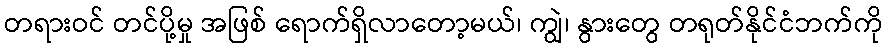
တရားဝင် တင်ပို့မှု အဖြစ် ရောက်ရှိလာတော့မယ်၊ ကျွဲ၊ နွားတွေ တရုတ်နိုင်ငံဘက်ကို